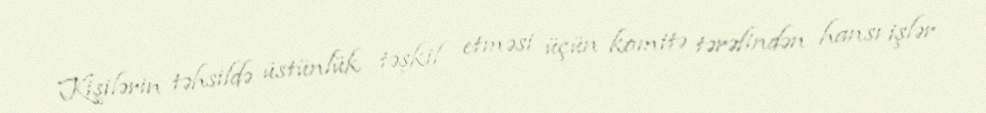
Kişilərin təhsildə üstünlük təşkil etməsi üçün komitə tərəfindən hansı işlər